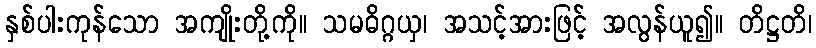
နှစ်ပါးကုန်သော အကျိုးတို့ကို။ သမဓိဂ္ဂယှ၊ အသင့်အားဖြင့် အလွန်ယူ၍။ တိဋ္ဌတိ၊